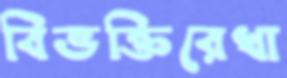
বিভক্তিরেখা